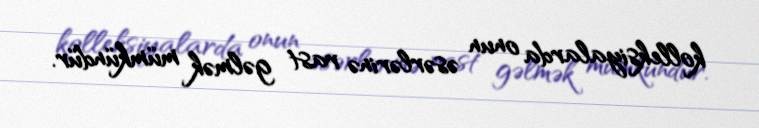
kolleksiyalarda onun əsərlərinə rast gəlmək mümkündür.